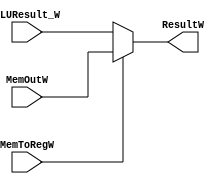

module writeback_stage(MemOutW, MemToRegW, ResultW, ALUResult_W);
	
	input MemToRegW;
	input [31:0] ALUResult_W, MemOutW;
	
	output [31:0] ResultW;
	
	assign ResultW = (MemToRegW) ? (MemOutW) : ALUResult_W;
	
endmodule